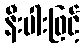
နီးပါးဖြင့်